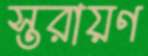
স্তরায়ণ